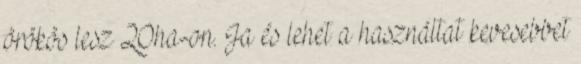
örökös lesz 20ha-on. Ja és lehet a használtat kevesebbet